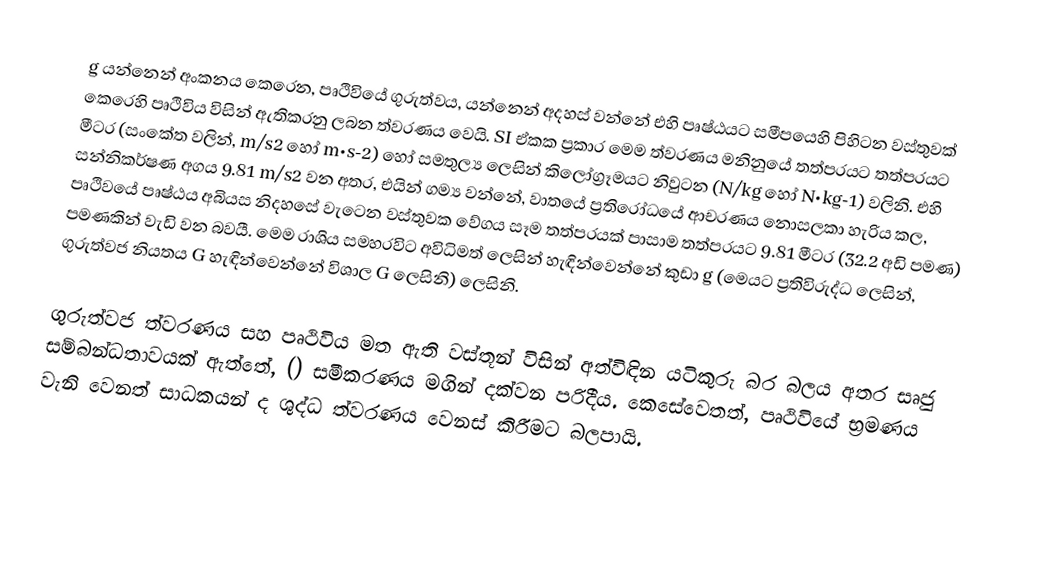
g යන්නෙන් අංකනය කෙරෙන, පෘථිවියේ ගුරුත්වය,  යන්නෙන් අදහස් වන්නේ එහි පෘෂ්ඨයට සමීපයෙහි පිහිටන වස්තුවක් කෙරෙහි පෘථිවිය විසින් ඇතිකරනු ලබන  ත්වරණය වෙයි. SI ඒකක ප්‍රකාර මෙම ත්වරණය මනිනුයේ තත්පරයට තත්පරයට මීටර (සංකේත වලින්, m/s2 හෝ  m•s-2) හෝ  සමතුල්‍ය ලෙසින් කිලෝග්‍රෑමයට  නිවුටන (N/kg හෝ N•kg-1) වලිනි. එහි සන්නිකර්ෂණ අගය 9.81 m/s2 වන අතර, එයින් ගම්‍ය වන්නේ, වාතයේ ප්‍රතිරෝධයේ ආචරණය නොසලකා හැරිය කල, පෘථිවයේ පෘෂ්ඨය අබියස නිදහසේ වැටෙන වස්තුවක  වේගය සෑම තත්පරයක් පාසාම  තත්පරයට 9.81 මීටර (32.2 අඩි පමණ) පමණකින් වැඩි වන බවයී. මෙම රාශිය සමහරවිට  අවිධිමත් ලෙසින් හැඳින්වෙන්නේ කුඩා g (මෙයට ප්‍රතිවිරුද්ධ ලෙසින්, ගුරුත්වජ නියතය G හැඳින්වෙන්නේ විශාල G ලෙසිනි) ලෙසිනි.

ගුරුත්වජ ත්වරණය සහ පෘථිවිය මත ඇති වස්තූන් විසින් අත්විඳින  යටිකුරු බර බලය අතර සෘජු සම්බන්ධතාවයක් ඇත්තේ,  () සමීකරණය මගින් දක්වන පරිදීය. කෙසේවෙතත්, පෘථිවියේ භ්‍රමණය වැනි වෙනත්  සාධකයන් ද ශුද්ධ ත්වරණය වෙනස් කිරීමට බලපායි.